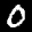
Label: 0